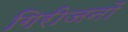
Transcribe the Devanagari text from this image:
गिरीजनों